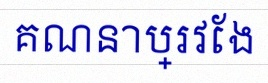
គណនាប្រវែង